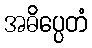
အဓိပ္ပေတံ